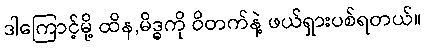
ဒါကြောင့်မို့ ထိန,မိဒ္ဓကို ဝိတက်နဲ့ ဖယ်ရှားပစ်ရတယ်။